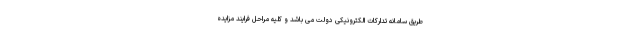
طریق سامانه تدارکات الکترونیکی دولت می باشد و کلیه مراحل فرایند مزایده